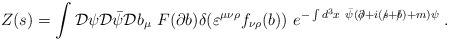
\begin{align*}Z(s)=\int {\cal D}\psi {\cal D}\bar{\psi}{\cal D}b_\mu ~F(\partial b)\delta(\varepsilon ^{\mu \nu \rho }f_{\nu \rho }(b))~e^{-\int d^3x~\bar{\psi}(\partial \!\!\!/+i(s\!\!\!/+b\!\!\!/)+m)\psi }\;.\end{align*}